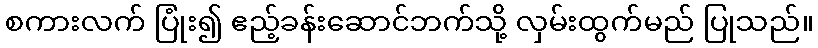
စကားလက် ပြုံး၍ ဧည့်ခန်းဆောင်ဘက်သို့ လှမ်းထွက်မည် ပြုသည်။